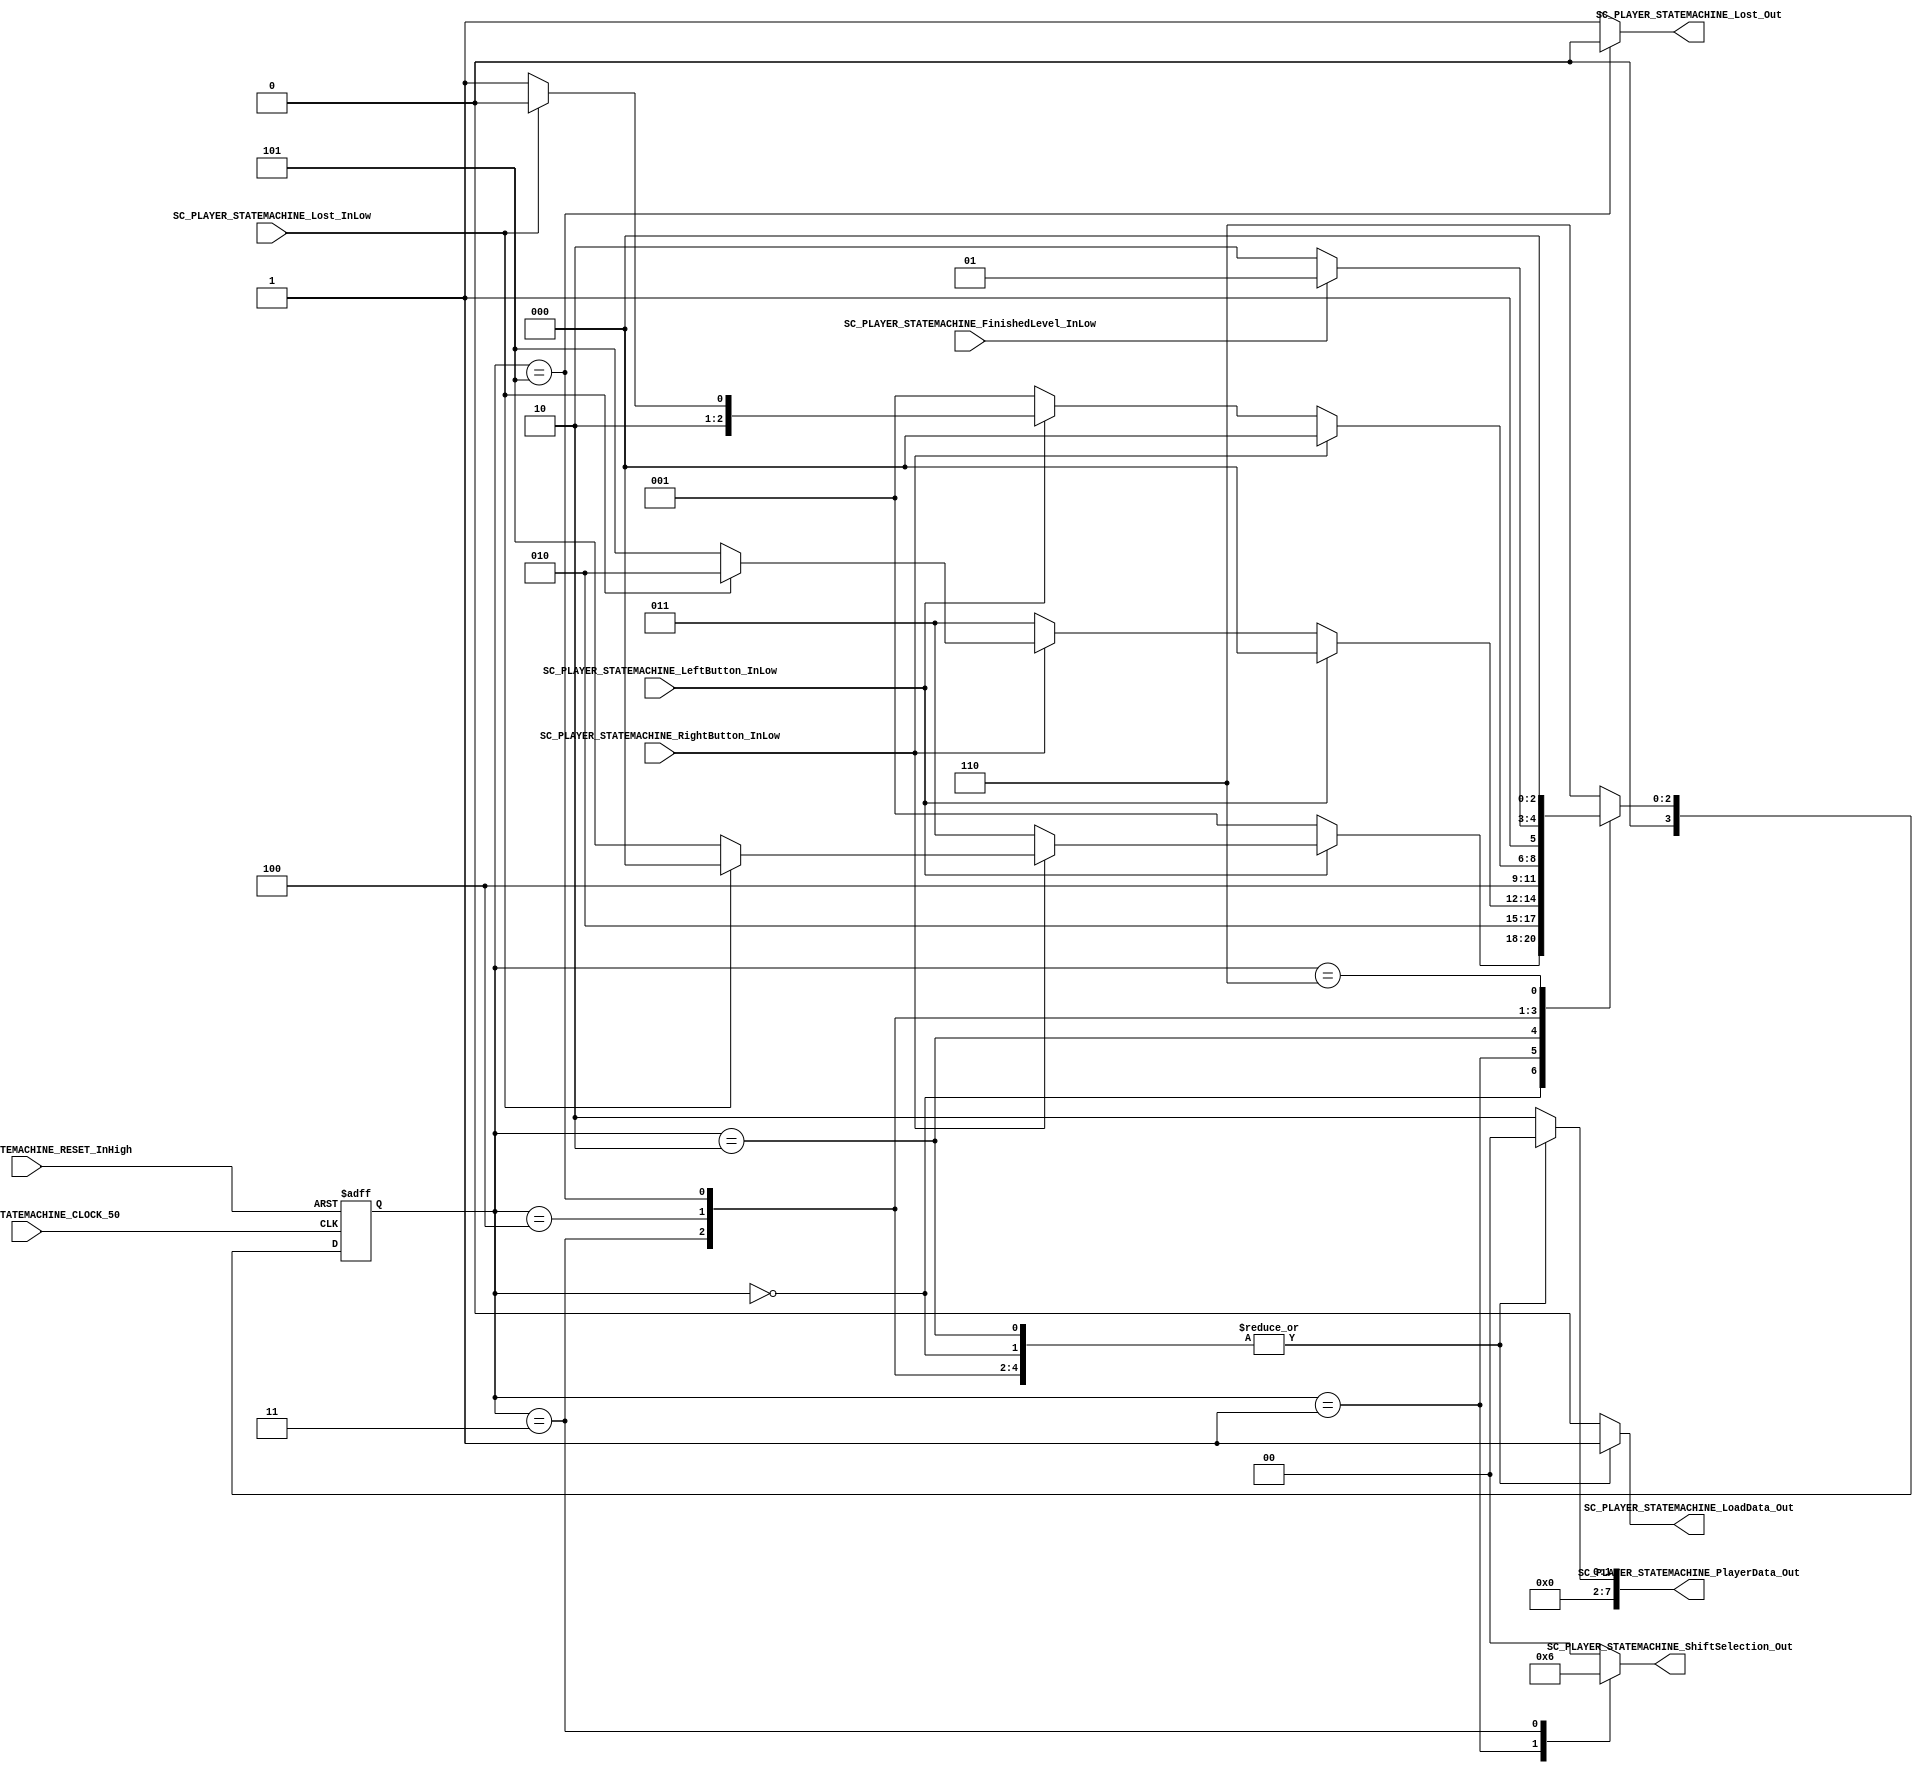
/*######################################################################
//#	G0B1T: HDL EXAMPLES. 2018.
//######################################################################
//# 
//# This program is free software: you can redistribute it and/or modify
//# it under the terms of the GNU General Public License as published by
//# the Free Software Foundation, version 3 of the License.
//#
//# This program is distributed in the hope that it will be useful,
//# but WITHOUT ANY WARRANTY; without even the implied warranty of
//# MERCHANTABILITY or FITNESS FOR A PARTICULAR PURPOSE.  See the
//# GNU General Public License for more details.
//#
//# You should have received a copy of the GNU General Public License
//# along with this program.  If not, see <http://www.gnu.org/licenses/>
//####################################################################*/
//=======================================================
//  MODULE Definition
//=======================================================
module SC_PLAYER_STATEMACHINE(
//////////// OUTPUTS //////////
	SC_PLAYER_STATEMACHINE_ShiftSelection_Out,
	SC_PLAYER_STATEMACHINE_LoadData_Out,
	SC_PLAYER_STATEMACHINE_PlayerData_Out,
	SC_PLAYER_STATEMACHINE_Lost_Out,
	//////////// INPUTS //////////
	SC_PLAYER_STATEMACHINE_CLOCK_50,
	SC_PLAYER_STATEMACHINE_RESET_InHigh,
	SC_PLAYER_STATEMACHINE_LeftButton_InLow,
	SC_PLAYER_STATEMACHINE_RightButton_InLow,
	SC_PLAYER_STATEMACHINE_Lost_InLow,
	SC_PLAYER_STATEMACHINE_FinishedLevel_InLow
);

//=======================================================
//  PARAMETER declarations
//=======================================================

// states declaration
localparam STATE_STILL											= 0;
localparam STATE_LEFT_0											= 1;
localparam STATE_LEFT_1											= 2;
localparam STATE_RIGHT_0										= 3;
localparam STATE_RIGHT_1										= 4;
localparam STATE_LOST											= 5;
localparam STATE_LOAD											= 6;

//=======================================================
//  PORT declarations
//=======================================================

// 10 si debe ir a la derecha, 01 si debe ir a la izquierda
output reg 	[1:0]SC_PLAYER_STATEMACHINE_ShiftSelection_Out;
// 0 si se est cargando al jugador, 1 si ya est cargado
output reg	SC_PLAYER_STATEMACHINE_LoadData_Out;
// 
output reg  [7:0]SC_PLAYER_STATEMACHINE_PlayerData_Out;
// 0 si perdi el jugador, 1 si sigue vivo
output reg 	SC_PLAYER_STATEMACHINE_Lost_Out;

input 		SC_PLAYER_STATEMACHINE_CLOCK_50;
input			SC_PLAYER_STATEMACHINE_RESET_InHigh;
input			SC_PLAYER_STATEMACHINE_LeftButton_InLow;
input 		SC_PLAYER_STATEMACHINE_RightButton_InLow;
input 		SC_PLAYER_STATEMACHINE_Lost_InLow;
input 		SC_PLAYER_STATEMACHINE_FinishedLevel_InLow;

//=======================================================
//  REG/WIRE declarations
//=======================================================

reg [3:0] STATE_Register;
reg [3:0] STATE_Signal;

//=======================================================
//  Structural coding
//=======================================================
//INPUT LOGIC: COMBINATIONAL
// NEXT STATE LOGIC : COMBINATIONAL

always @(*) 
begin

	case (STATE_Register)
	
		STATE_STILL: 	if (SC_PLAYER_STATEMACHINE_LeftButton_InLow == 1'b0) 
									STATE_Signal = STATE_LEFT_0;
							else if (SC_PLAYER_STATEMACHINE_RightButton_InLow == 1'b0)
									STATE_Signal = STATE_RIGHT_0;
							else if (SC_PLAYER_STATEMACHINE_Lost_InLow == 1'b0)
									STATE_Signal = STATE_LOST;
							else 
									STATE_Signal = STATE_STILL;
											
		STATE_LEFT_0:		STATE_Signal = STATE_LEFT_1;									
						
		STATE_LEFT_1:  	if (SC_PLAYER_STATEMACHINE_LeftButton_InLow == 1'b1)
									STATE_Signal = STATE_STILL;
								else if (SC_PLAYER_STATEMACHINE_RightButton_InLow == 1'b0)
									STATE_Signal = STATE_RIGHT_0;
								else if (SC_PLAYER_STATEMACHINE_Lost_InLow == 1'b0)
									STATE_Signal = STATE_LOST;
								else 
									STATE_Signal = STATE_LEFT_1;
										
		STATE_RIGHT_0:		STATE_Signal = STATE_RIGHT_1;	
		
		STATE_RIGHT_1:		if (SC_PLAYER_STATEMACHINE_RightButton_InLow == 1'b1)
									STATE_Signal = STATE_STILL;
								else if (SC_PLAYER_STATEMACHINE_LeftButton_InLow == 1'b0)
									STATE_Signal = STATE_LEFT_0;
								else if (SC_PLAYER_STATEMACHINE_Lost_InLow == 1'b0)
									STATE_Signal = STATE_LOST;			
								else 
									STATE_Signal = STATE_RIGHT_1;
											
		STATE_LOST: 		if(SC_PLAYER_STATEMACHINE_FinishedLevel_InLow == 1'b0)
									STATE_Signal = STATE_LOAD;
								else
									STATE_Signal = STATE_LOST;
											
		STATE_LOAD:			STATE_Signal=STATE_STILL;
											
											
		default: 					STATE_Signal = STATE_LOAD;
	
	endcase

end 

// STATE REGISTER : SEQUENTIAL
always @ ( posedge SC_PLAYER_STATEMACHINE_CLOCK_50 , posedge SC_PLAYER_STATEMACHINE_RESET_InHigh)
begin
	if (SC_PLAYER_STATEMACHINE_RESET_InHigh == 1'b1)
		STATE_Register <= STATE_LOAD;
	else
		STATE_Register <= STATE_Signal;
end

//=======================================================
//  Outputs
//=======================================================
// OUTPUT LOGIC : COMBINATIONAL
always @ (*)
begin
	case (STATE_Register)
	
	STATE_STILL :	
		begin
			SC_PLAYER_STATEMACHINE_ShiftSelection_Out = 2'b00;
			SC_PLAYER_STATEMACHINE_LoadData_Out 		= 1'b1;
			SC_PLAYER_STATEMACHINE_PlayerData_Out 		= 0;
			SC_PLAYER_STATEMACHINE_Lost_Out				= 1;
		end
		
	STATE_LEFT_0 :	
		begin
			SC_PLAYER_STATEMACHINE_ShiftSelection_Out = 2'b01;
			SC_PLAYER_STATEMACHINE_LoadData_Out 		=	1'b1;
			SC_PLAYER_STATEMACHINE_PlayerData_Out 		=	0;
			SC_PLAYER_STATEMACHINE_Lost_Out				= 1;
			
		end
	STATE_LEFT_1 :	
		begin
			SC_PLAYER_STATEMACHINE_ShiftSelection_Out = 2'b00;
			SC_PLAYER_STATEMACHINE_LoadData_Out 		=	1'b1;
			SC_PLAYER_STATEMACHINE_PlayerData_Out 		=	0;
			SC_PLAYER_STATEMACHINE_Lost_Out				= 1;
		end

	STATE_RIGHT_0 :
		begin
			SC_PLAYER_STATEMACHINE_ShiftSelection_Out = 2'b10;
			SC_PLAYER_STATEMACHINE_LoadData_Out 		=	1'b1;
			SC_PLAYER_STATEMACHINE_PlayerData_Out 		=	0;
			SC_PLAYER_STATEMACHINE_Lost_Out				= 1;
		end
		
	STATE_RIGHT_1 :
		begin
			SC_PLAYER_STATEMACHINE_ShiftSelection_Out = 2'b00;
			SC_PLAYER_STATEMACHINE_LoadData_Out 		=	1'b1;
			SC_PLAYER_STATEMACHINE_PlayerData_Out 		=	0;
			SC_PLAYER_STATEMACHINE_Lost_Out				= 1;
		end

	STATE_LOST :
		begin
			SC_PLAYER_STATEMACHINE_ShiftSelection_Out = 2'b00;
			SC_PLAYER_STATEMACHINE_LoadData_Out 		=	1'b1;
			SC_PLAYER_STATEMACHINE_PlayerData_Out 		=	0;
			SC_PLAYER_STATEMACHINE_Lost_Out				= 0;
		end
		
	STATE_LOAD :
		begin
			SC_PLAYER_STATEMACHINE_ShiftSelection_Out = 2'b00;
			SC_PLAYER_STATEMACHINE_LoadData_Out 		=	1'b0;
			SC_PLAYER_STATEMACHINE_PlayerData_Out 		=	8'b00000010;
			SC_PLAYER_STATEMACHINE_Lost_Out				= 1;
		end

	default :
		begin
			SC_PLAYER_STATEMACHINE_ShiftSelection_Out = 2'b00;
			SC_PLAYER_STATEMACHINE_LoadData_Out 		=	1'b0;
			SC_PLAYER_STATEMACHINE_PlayerData_Out 		=	8'b00000010;
			SC_PLAYER_STATEMACHINE_Lost_Out				= 1;
		end
	endcase
end

endmodule